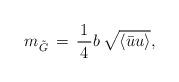
LaTeX: \begin{align*}m_{\tilde{G}}\,=\,\frac{\,1\,}{\,4\,}b\,\sqrt{\langle\bar{u}u\rangle},\end{align*}